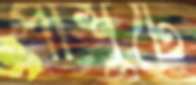
পাঁশুটে